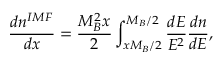
\frac { d n ^ { I M F } } { d x } = \frac { M _ { B } ^ { 2 } x } { 2 } \int _ { x M _ { B } / 2 } ^ { M _ { B } / 2 } \frac { d E } { E ^ { 2 } } \frac { d n } { d E } ,